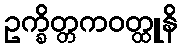
ဥက္ခိတ္တကဝတ္ထူနိ